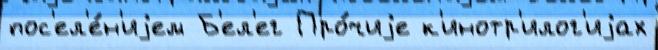
пос'ел'е́н'иjем Б'ел'ег Про́чиjе к'инотр'илог'иjах